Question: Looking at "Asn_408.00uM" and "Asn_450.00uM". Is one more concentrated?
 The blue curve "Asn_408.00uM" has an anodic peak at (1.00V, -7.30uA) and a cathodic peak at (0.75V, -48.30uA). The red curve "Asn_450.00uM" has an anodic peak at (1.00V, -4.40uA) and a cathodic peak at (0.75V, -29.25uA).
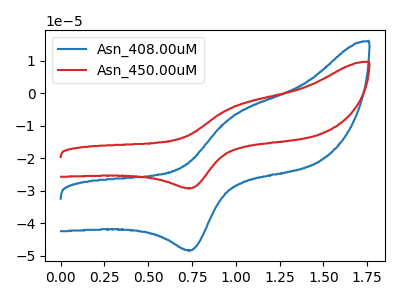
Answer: <think>All the peaks in "Asn_408.00uM" have a peak in "Asn_450.00uM" at the same potential.
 </think>
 <answer>I cant tell if "Asn_408.00uM" or "Asn_450.00uM" has higher concentration.</answer>
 <eval>mixed_concentration</eval>